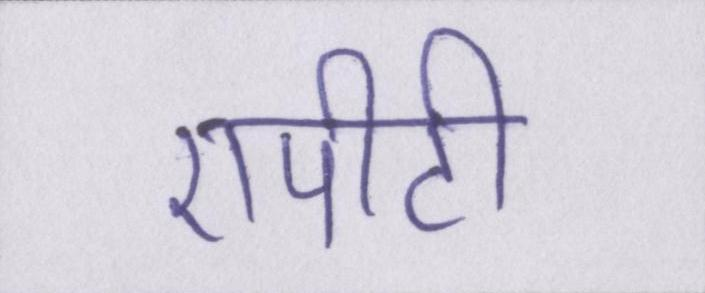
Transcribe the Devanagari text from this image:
एपीटी